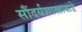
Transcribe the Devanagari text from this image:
सौंदर्यशास्त्राकडे